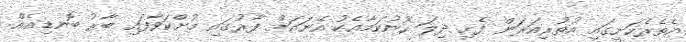
އެތެރެހަށީގައި އުތުރިއަރަން ފެށި ދިލަ ހޫނުކަމާއެކު އޭނައަށް ފާރުގައި މުށްކަވާފައި ބާރު ބޮނޑިއެއް